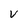
Character: V